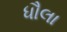
ધૌલા